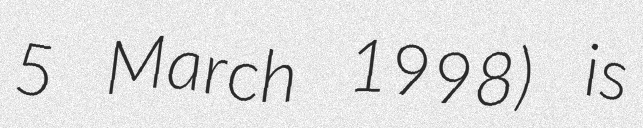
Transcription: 5 March 1998) is